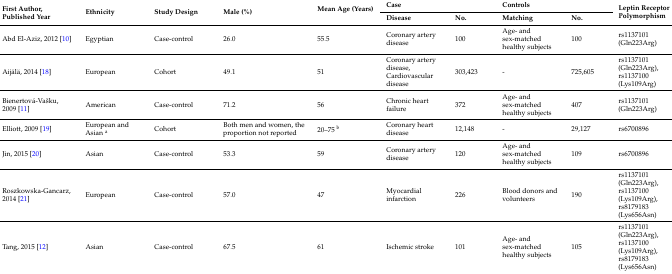
<table><thead><tr><td rowspan="2"><b>First Author, Published Year</b></td><td rowspan="2"><b>Ethnicity</b></td><td rowspan="2"><b>Study Design</b></td><td rowspan="2"><b>Male (%)</b></td><td rowspan="2"><b>Mean Age (Years) </b></td><td colspan="2"><b>Case</b></td><td colspan="2"><b>Controls</b></td><td rowspan="2"><b>Leptin Receptor Polymorphism</b></td></tr><tr><td><b>Disease</b></td><td><b>No.</b></td><td><b>Matching</b></td><td><b>No.</b></td></tr></thead><tbody><tr><td>Abd El-Aziz, 2012 [10]</td><td>Egyptian</td><td>Case-control</td><td>26.0</td><td>55.5</td><td>Coronary artery disease</td><td>100</td><td>Age- and sex-matched healthy subjects</td><td>100</td><td>rs1137101 (Gln223Arg)</td></tr><tr><td>Aijälä, 2014 [18]</td><td>European</td><td>Cohort</td><td>49.1</td><td>51</td><td>Coronary artery disease, Cardiovascular disease</td><td>303,423</td><td>-</td><td>725,605</td><td>rs1137101 (Gln223Arg), rs1137100 (Lys109Arg)</td></tr><tr><td>Bienertová-Vašku, 2009 [11]</td><td>American</td><td>Case-control</td><td>71.2</td><td>56</td><td>Chronic heart failure</td><td>372</td><td>Age- and sex-matched healthy subjects</td><td>407</td><td>rs1137101 (Gln223Arg)</td></tr><tr><td>Elliott, 2009 [19]</td><td>European and Asian <sup>a</sup></td><td>Cohort</td><td>Both men and women, the proportion not reported</td><td>20–75 <sup>b</sup></td><td>Coronary heart disease</td><td>12,148</td><td>-</td><td>29,127</td><td>rs6700896</td></tr><tr><td>Jin, 2015 [20]</td><td>Asian</td><td>Case-control</td><td>53.3</td><td>59</td><td>Coronary artery disease</td><td>120</td><td>Age- and sex-matched healthy subjects</td><td>109</td><td>rs6700896</td></tr><tr><td>Roszkowska-Gancarz, 2014 [21]</td><td>European </td><td>Case-control</td><td>57.0</td><td>47</td><td>Myocardial infarction</td><td>226</td><td>Blood donors and volunteers</td><td>190</td><td>rs1137101 (Gln223Arg), rs1137100 (Lys109Arg), rs8179183 (Lys656Asn)</td></tr><tr><td>Tang, 2015 [12]</td><td>Asian</td><td>Case-control</td><td>67.5</td><td>61</td><td>Ischemic stroke</td><td>101</td><td>Age- and sex-matched healthy subjects</td><td>105</td><td>rs1137101 (Gln223Arg), rs1137100 (Lys109Arg), rs8179183 (Lys656Asn)</td></tr></tbody></table>